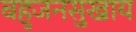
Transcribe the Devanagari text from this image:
बहुजनसुखाय